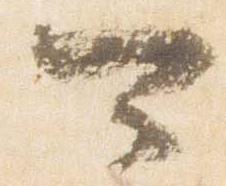
可